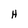
Character: H